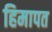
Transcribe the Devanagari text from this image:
हिमापत